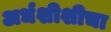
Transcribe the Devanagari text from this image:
अर्धशीशीचा